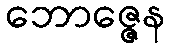
ဘောဇ္ဇေန